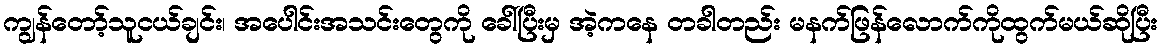
ကျွန်တော့်သူငယ်ချင်း၊ အပေါင်းအသင်းတွေကို ခေါ်ပြီးမှ အဲ့ကနေ တခါတည်း မနက်ဖြန်လောက်ကိုထွက်မယ်ဆိုပြီး